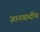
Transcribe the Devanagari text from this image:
ज्ञानवादीय